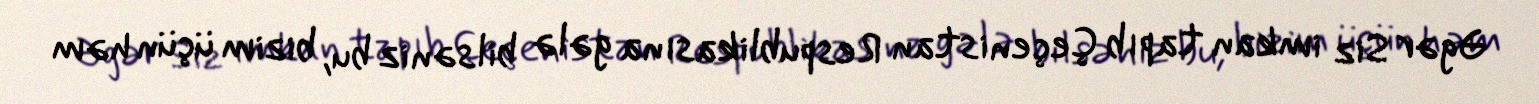
Əgər Siz imkan tapıb Çeçenistan Respublikasına gələ bilsəniz bu, bizim üçün həm